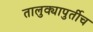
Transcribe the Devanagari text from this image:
तालुक्यापुर्तीच